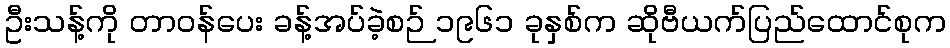
ဦးသန့်ကို တာဝန်ပေး ခန့်အပ်ခဲ့စဉ် ၁၉၆၁ ခုနှစ်က ဆိုဗီယက်ပြည်ထောင်စုက